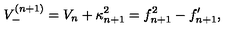
V _ { - } ^ { ( n + 1 ) } = V _ { n } + \kappa _ { n + 1 } ^ { 2 } = f _ { n + 1 } ^ { 2 } - f _ { n + 1 } ^ { \prime } ,